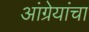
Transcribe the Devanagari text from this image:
आंग्रेयांचा